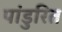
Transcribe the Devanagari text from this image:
पांडुरित